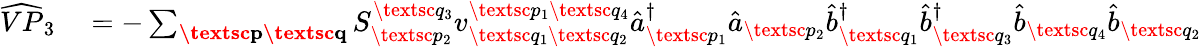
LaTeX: \begin{array}{rl}{\widehat{VP}_{3}}&{{}=-\sum_{\textbf{\textsc{p}}\textbf{\textsc{q}}}S_{\textsc{p}_{2}}^{\textsc{q}_{3}}{v}_{\textsc{q}_{1}\textsc{q}_{2}}^{\textsc{p}_{1}\textsc{q}_{4}}\hat{a}_{\textsc{p}_{1}}^{\dagger}\hat{a}_{\textsc{p}_{2}}\hat{b}_{\textsc{q}_{1}}^{\dagger}\hat{b}_{\textsc{q}_{3}}^{\dagger}\hat{b}_{\textsc{q}_{4}}\hat{b}_{\textsc{q}_{2}}}\end{array}